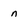
Character: n